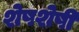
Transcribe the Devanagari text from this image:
शेषशेषी